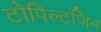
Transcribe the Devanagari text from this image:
टोपिल्टजिन